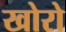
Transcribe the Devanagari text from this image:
खोरो